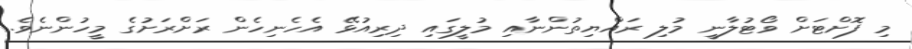
މި ފޮށްޓަށް ވޯޓުލާނީ މުލި ރައްޔިތުންނާއި މުލީގައި ދިރިއުޅޭ އެހެނިހެން ރަށްރަށުގެ މީހުންނެވެ.